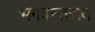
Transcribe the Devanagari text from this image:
भगवन्तराव